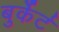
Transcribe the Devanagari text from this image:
बुर्केर्ट